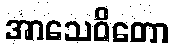
အာသေဝိတော